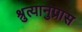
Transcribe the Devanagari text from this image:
श्रुत्यानुप्रास